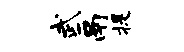
武鬲提